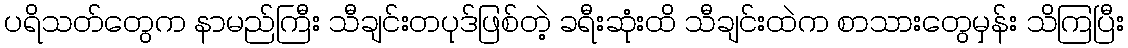
ပရိသတ်တွေက နာမည်ကြီး သီချင်းတပုဒ်ဖြစ်တဲ့ ခရီးဆုံးထိ သီချင်းထဲက စာသားတွေမှန်း သိကြပြီး